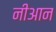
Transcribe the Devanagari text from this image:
नीआन